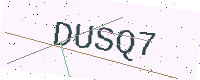
Text: DUSQ7